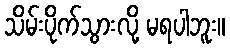
သိမ်းပိုက်သွားလို့ မရပါဘူး။